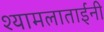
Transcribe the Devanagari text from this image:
श्यामलाताईंनी